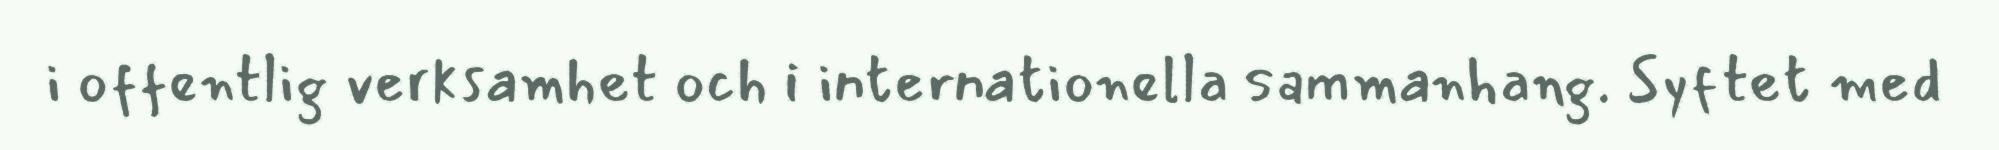
i offentlig verksamhet och i internationella sammanhang. Syftet med